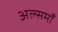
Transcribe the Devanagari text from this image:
अल्समाँ